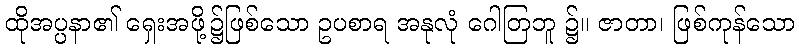
ထိုအပ္ပနာ၏ ရှေးအဖို့၌ဖြစ်သော ဥပစာရ အနုလုံ ဂေါတြဘူ ၌။ ဇာတာ၊ ဖြစ်ကုန်သော